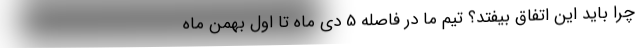
چرا باید این اتفاق بیفتد؟ تیم ما در فاصله 5 دی ماه تا اول بهمن ماه